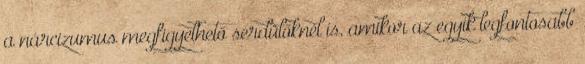
a nárcizumus megfigyelhető serdülőknél is, amikor az egyik legfontosabb